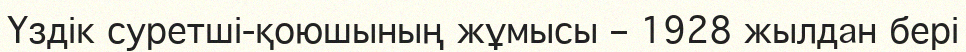
Үздік суретші-қоюшының жұмысы – 1928 жылдан бері